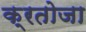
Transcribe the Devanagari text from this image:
क्रतोजा